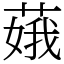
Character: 𦶥